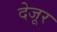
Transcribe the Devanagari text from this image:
देजूर